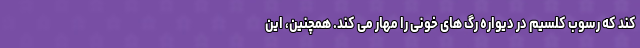
کند که رسوب کلسیم در دیواره رگ های خونی را مهار می کند. همچنین، این